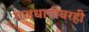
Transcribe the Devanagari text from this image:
राजधानीवरही